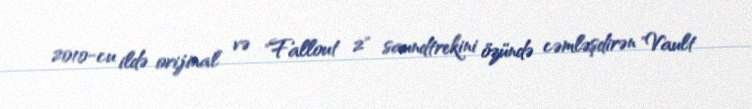
2010-cu ildə orijinal və "Fallout 2" saundtrekini özündə cəmləşdirən "Vault